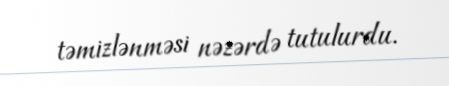
təmizlənməsi nəzərdə tutulurdu.